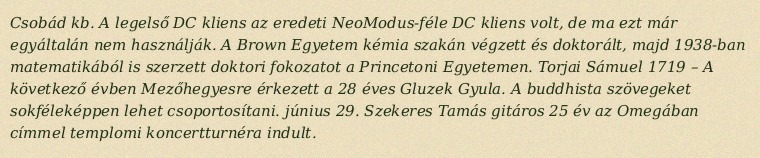
Csobád kb. A legelső DC kliens az eredeti NeoModus-féle DC kliens volt, de ma ezt már egyáltalán nem használják. A Brown Egyetem kémia szakán végzett és doktorált, majd 1938-ban matematikából is szerzett doktori fokozatot a Princetoni Egyetemen. Torjai Sámuel 1719 – A következő évben Mezőhegyesre érkezett a 28 éves Gluzek Gyula. A buddhista szövegeket sokféleképpen lehet csoportosítani. június 29. Szekeres Tamás gitáros 25 év az Omegában címmel templomi koncertturnéra indult.